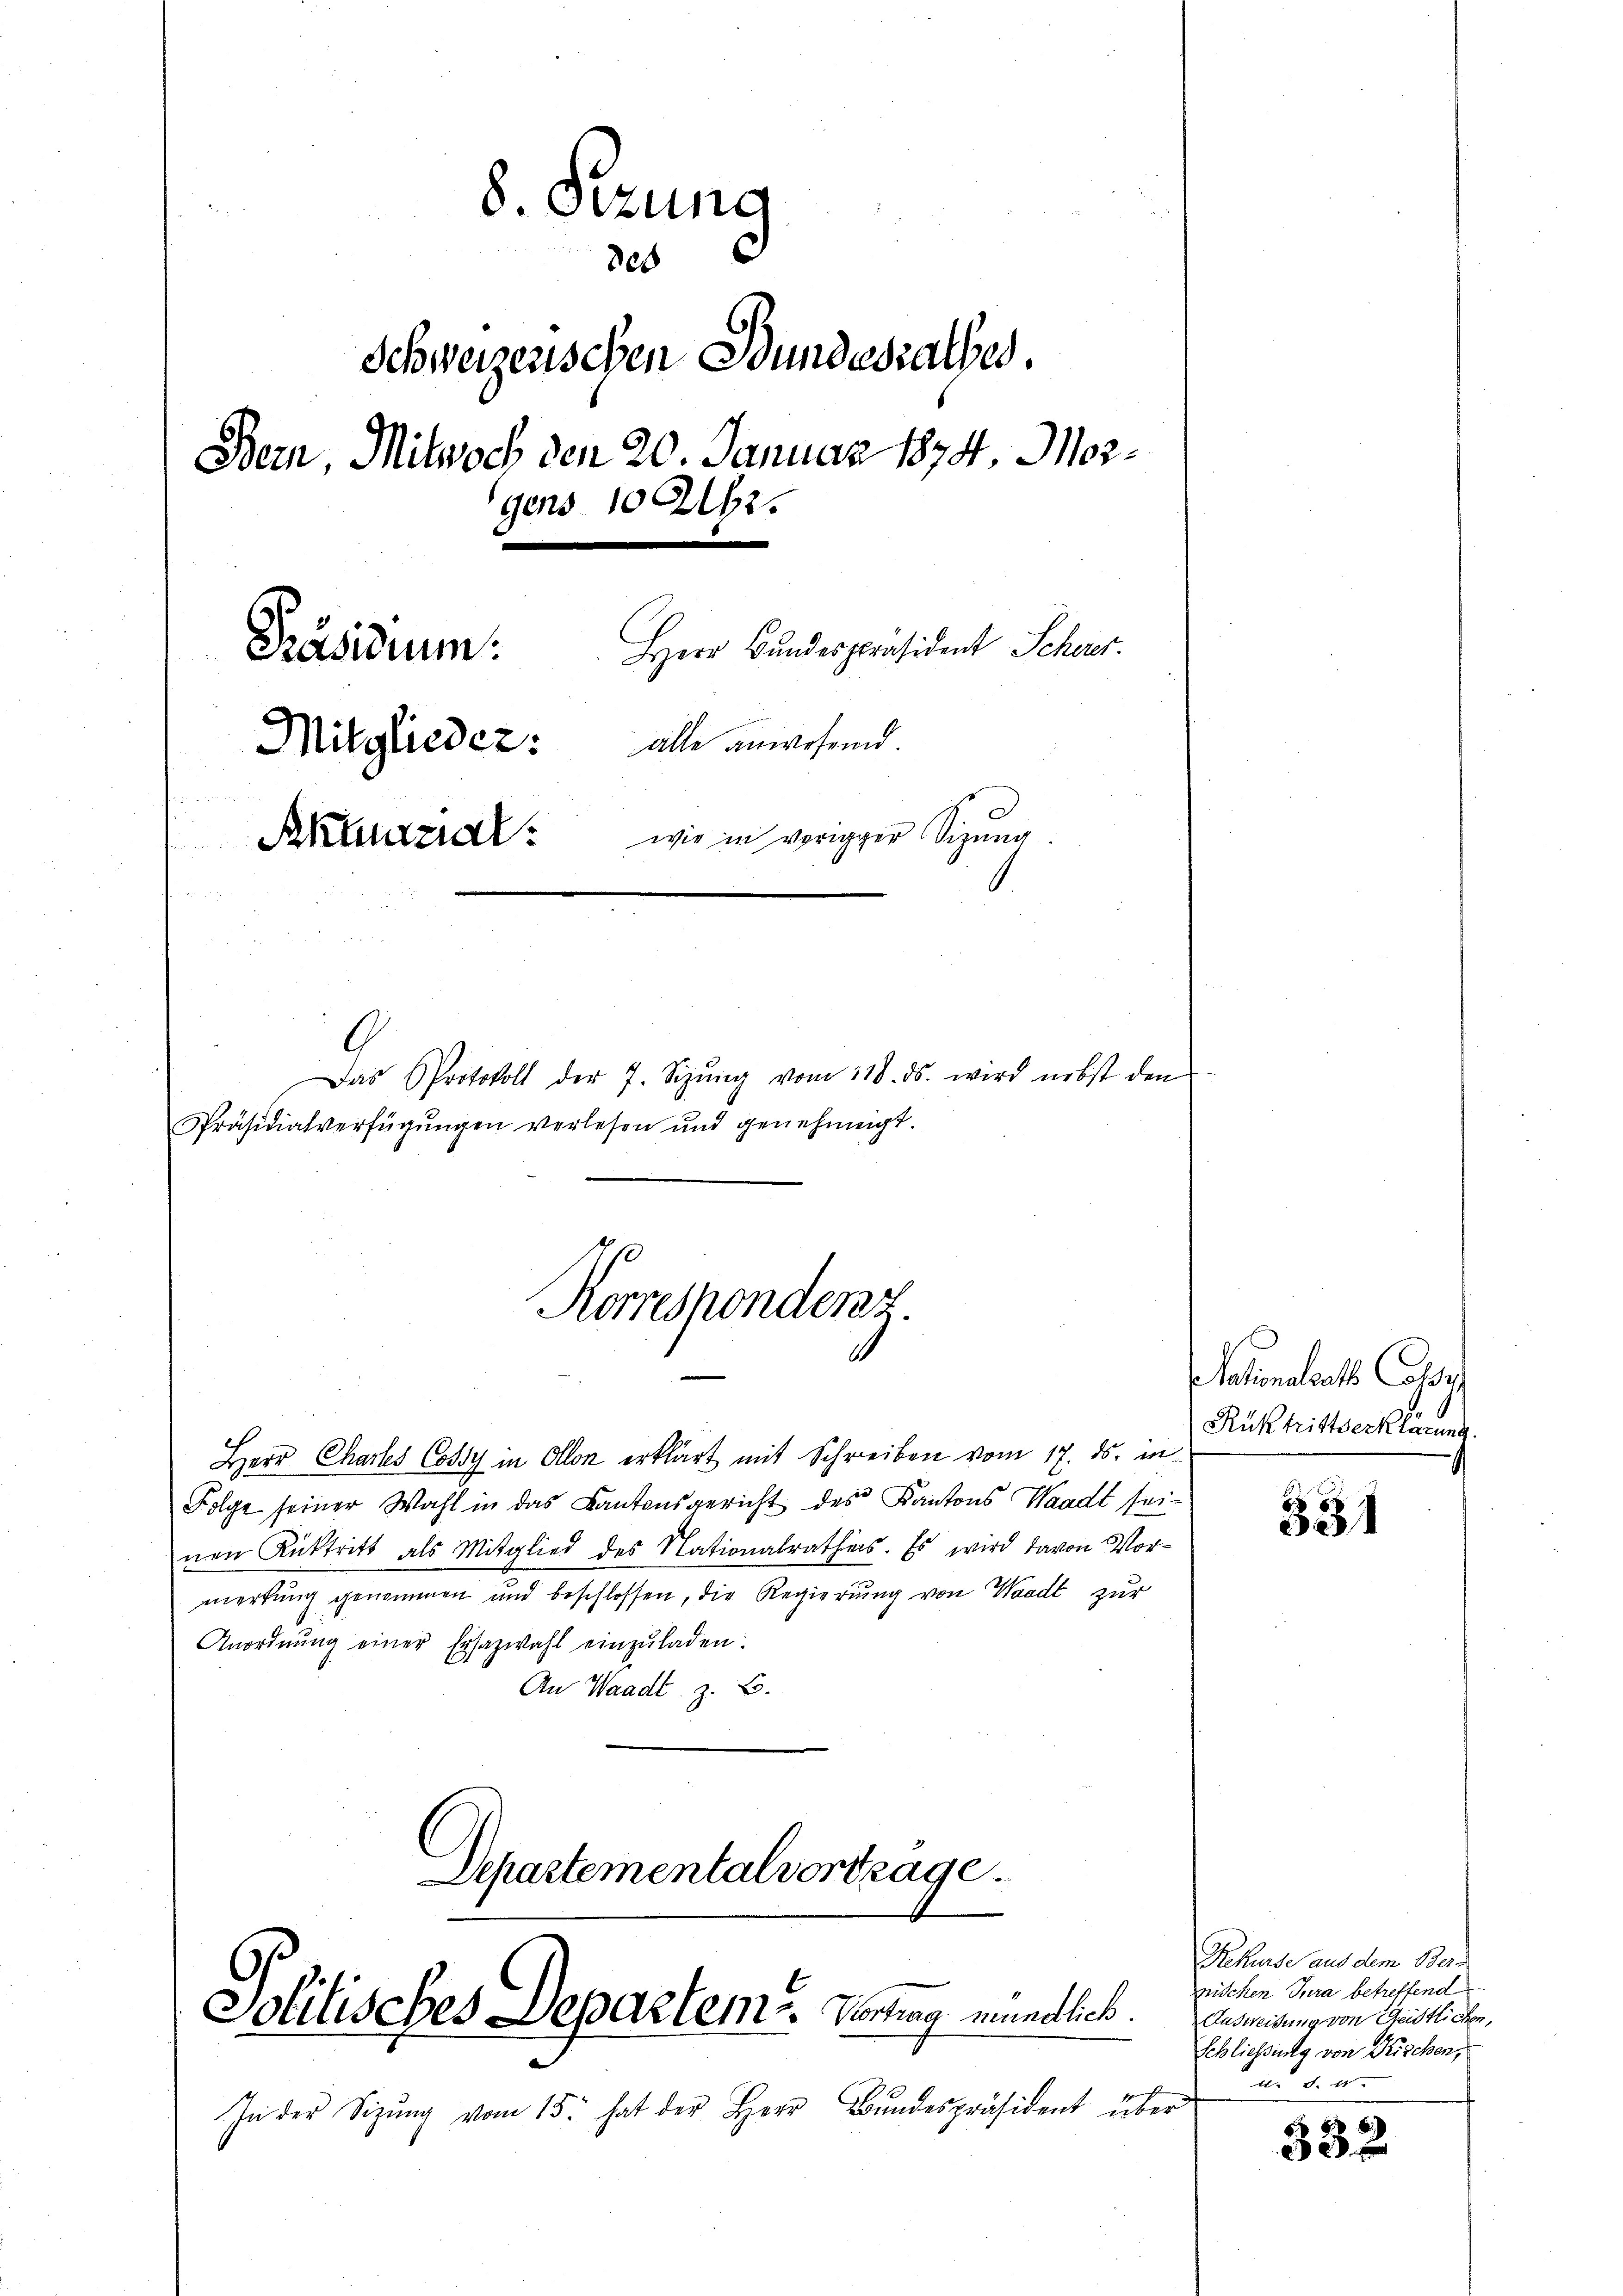
8. Sizung
c
e
Bern, Mitwoch den 20. Januar 1874, Morgens 10 Uhr.
Herr Bundespräsident Schorer
Präsidium.
Mitglieder: alle anwesend.
wie in vorigger Sizung
Akrunzial
Das Protokoll der 7. Sizŭng vom 218. ds. wird nebst den

Schweizenschen Bundesrathes.

Korrespondenz.

Departementalvertrage.

Präsidialverfügungen verlesen und genehmigt.
Herr Chartes Cossy in Ollon erklärt mit Schreiben vom 17. ds. in
Folge seiner Wahl in das Kantonsgericht des Kantons Waadt sei-
nen Rücktritt als Mitglied des Nationalrathes. Es wird davon Vormerkung genommen und beschlossen, die Regierŭng von Waadt zur
Anordnŭng einer Ersazwahl einzŭladen.
An Waadt, z. B.

Politisches Departeme. Vortrag mündlich.

In der Sitzŭng vom 15. hat der Herr Bŭndespräsident über

Nationalrath Cassa
Rüktrittserklärung.

331

Grekurse aus dem Beri
pischen Jura betreffend
Ausweidung von Geistlichen,
Schließung von Frischen,
1

332